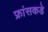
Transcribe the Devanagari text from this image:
फ्रांसकडे